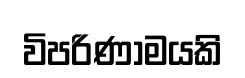
විපරිණාමයකි